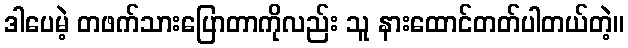
ဒါပေမဲ့ တဖက်သားပြောတာကိုလည်း သူ နားထောင်တတ်ပါတယ်တဲ့။